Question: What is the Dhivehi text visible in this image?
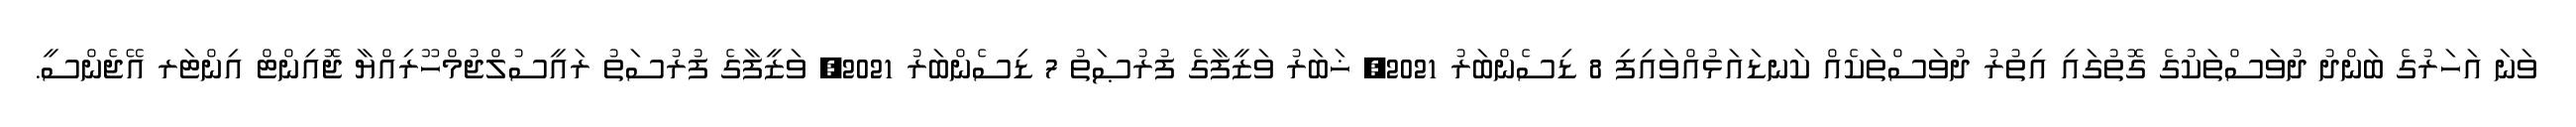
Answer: ވަނަ އަހަރުގެ ބަންދު ދުވަސްތަކުގެ ގޮތުގައި އިތުރު ދުވަސްތަކެއް ކަނޑައަޅުއްވައިފި 8 ޑިސެންބަރު 2021, ޚަބަރު ވަޒީފާގެ ފުރުޞަތު 7 ޑިސެންބަރު 2021, ވަޒީފާގެ ފުރުސަތު ރައީސުލްޖުމްހޫރިއްޔާ ޖޮއިންޓް އިންޓަރ އޭޖެންސީ.